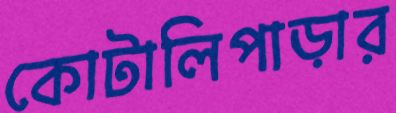
কোটালিপাড়ার